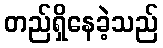
တည်ရှိနေခဲ့သည်